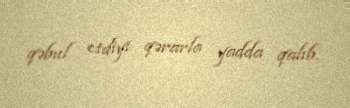
qəbul etdiyi qərarla yadda qalıb.